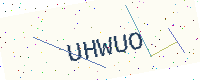
Text: UHWUO